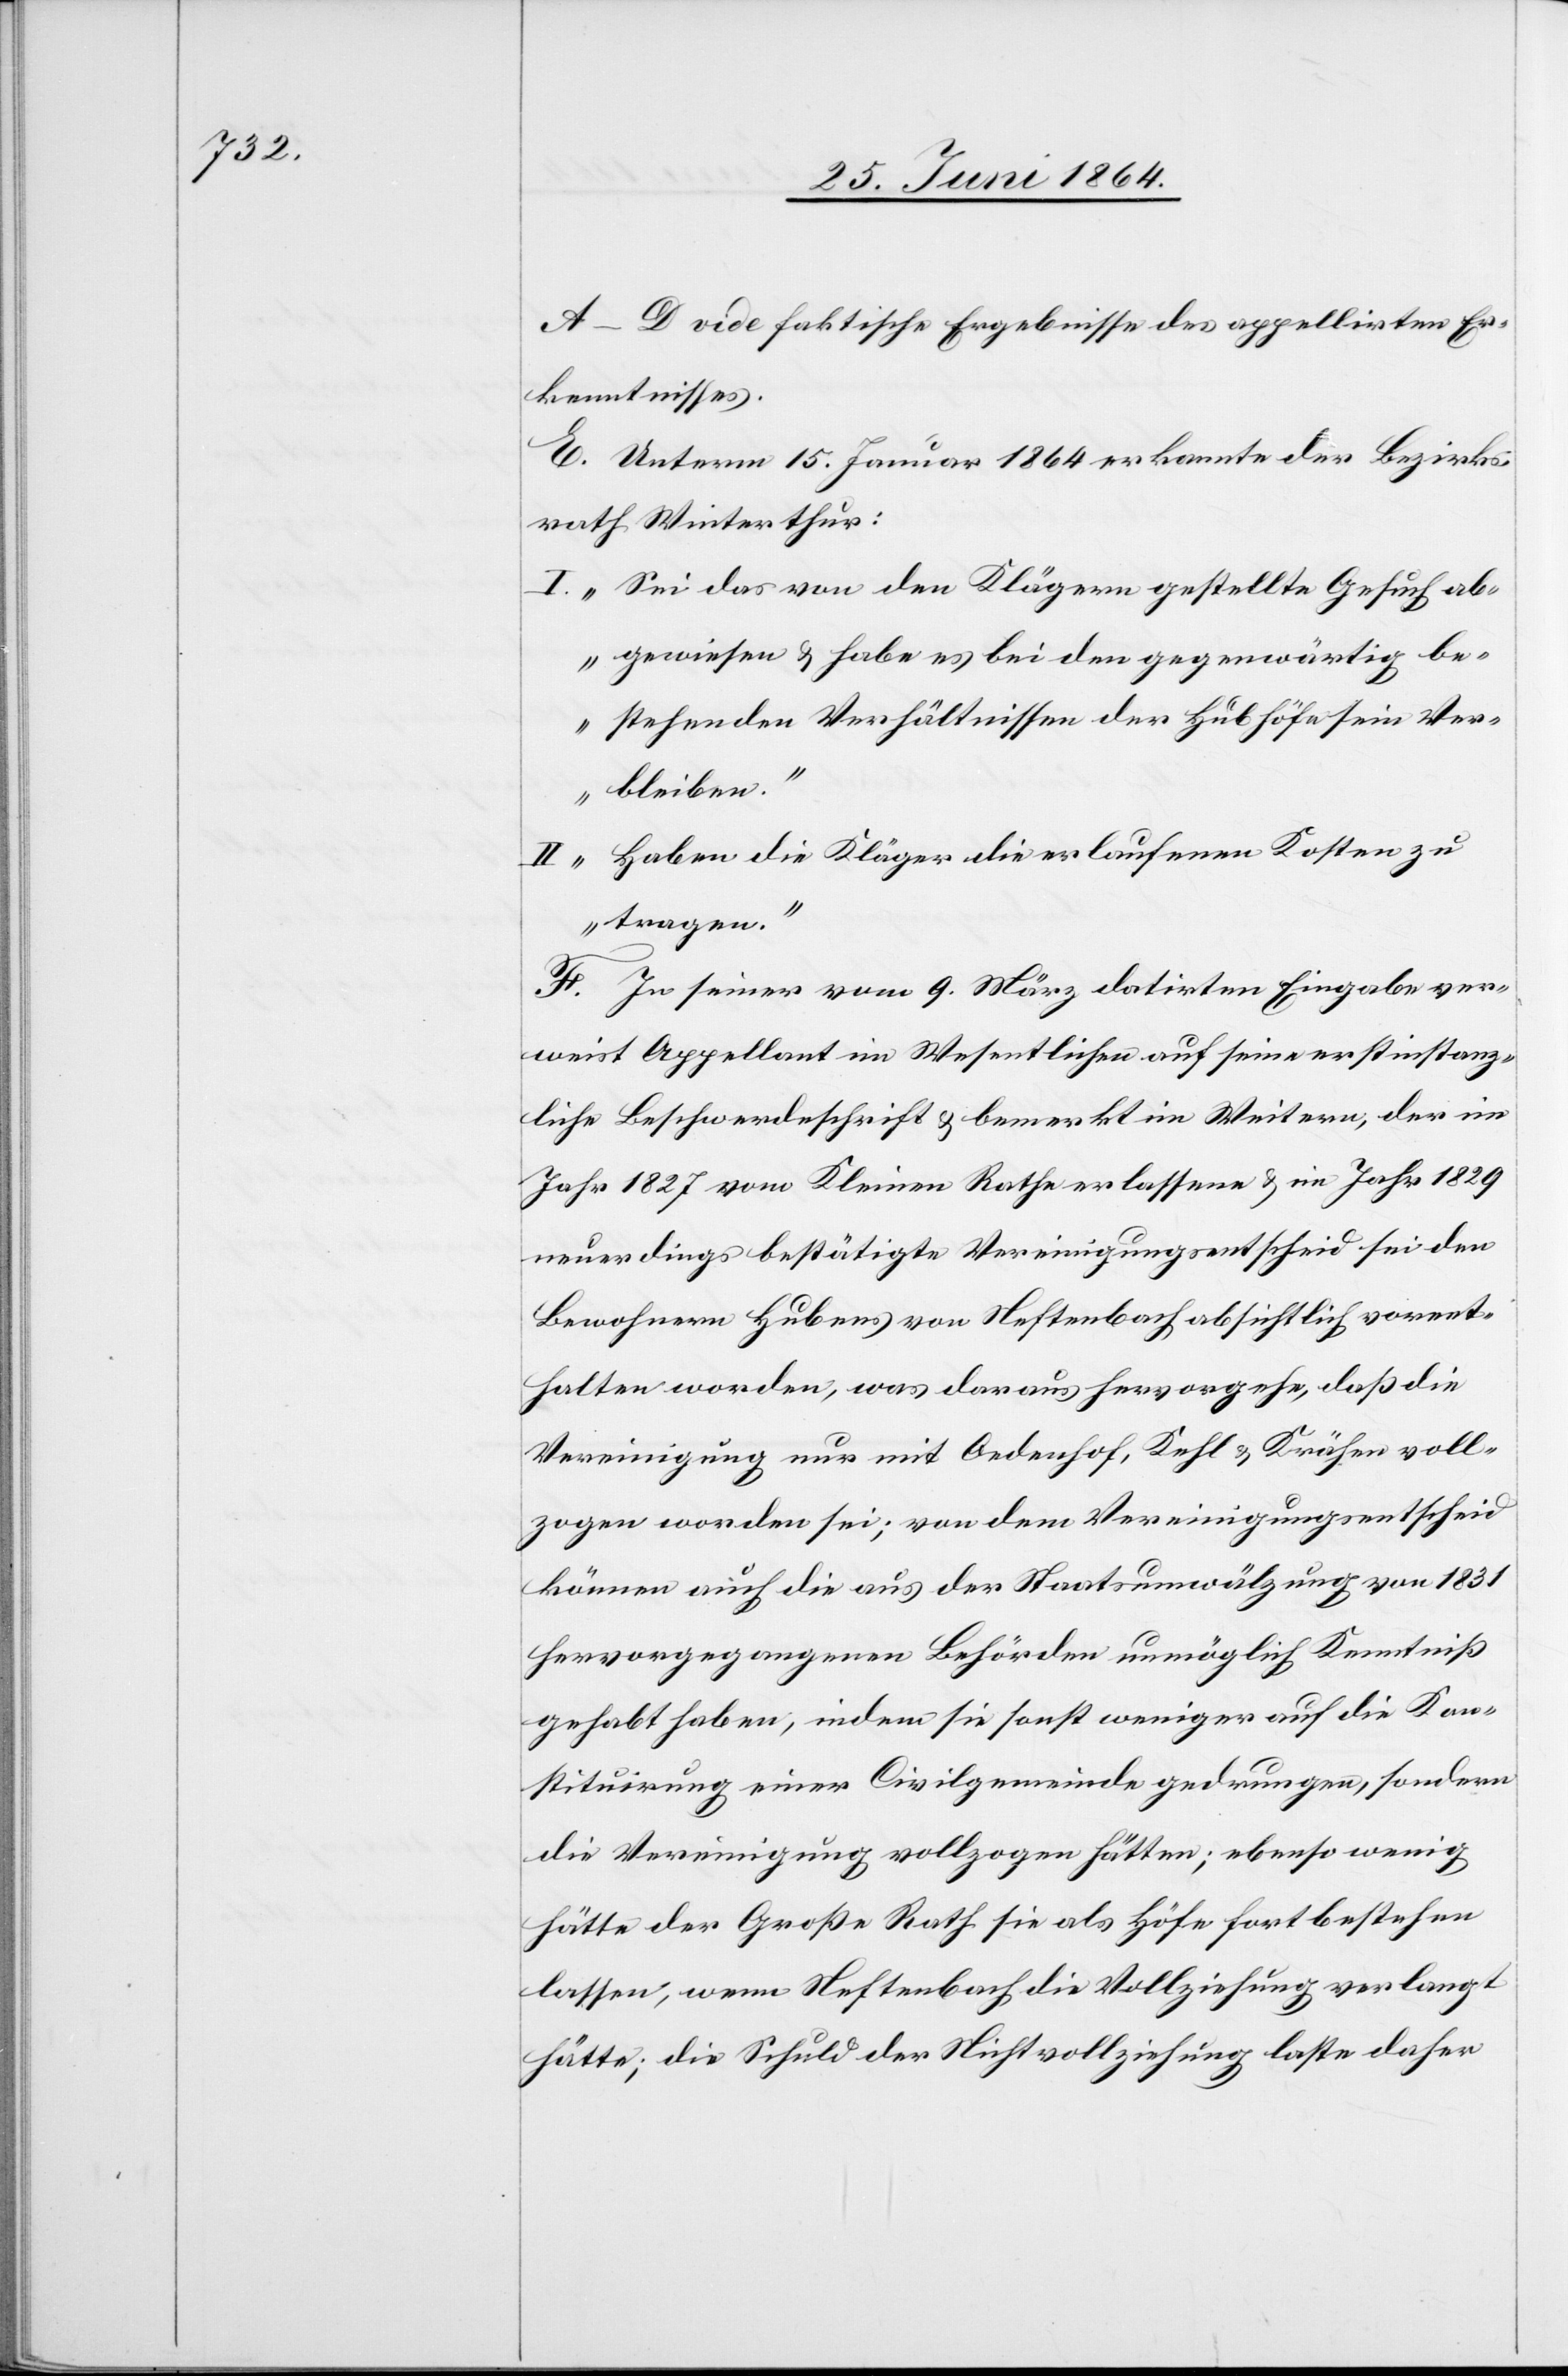
A-D vide faktische Ergebnisse des appellirten Er¬
kenntnisses.
E. Unterm 15. Januar 1864 erkannte der Bezirks¬
rath Winterthur:
I. „Sei das von den Klägern gestellte Gesuch ab¬
gewiesen u. habe es bei den gegenwärtig be¬
stehenden Verhältnissen der Hubhöfe sein Ver¬
bleiben.“
II „Haben die Kläger die erlaufenen Kosten zu
tragen.“
F. In seiner vom 9. März datirten Eingabe ver¬
weist Appellant im Wesentlichen auf seine erstinstanz¬
liche Beschwerdeschrift u. bemerkt im Weitern, der im
Jahr 1827 vom Kleinen Rathe erlassene u. im Jahr 1829
neuerdings bestätigte Vereinigungsentscheid sei den
Bewohnern Hubens von Neftenbach absichtlich vorent¬
halten worden, was daraus hervorgehe, daß die
Vereinigung nur mit Oedenhof, Kehl u. Krähen voll¬
zogen worden sei; von dem Vereinigungsentscheid
können auch die aus der Staatsumwälzung von 1831
hervorgegangenen Behörden unmöglich Kenntniß
gehabt haben, indem sie sonst weniger auf die Kon¬
stituirung einer Civilgemeinde gedrungen, sondern
die Vereinigung vollzogen hätten; ebenso wenig
hätte der Große Rath sie als Höfe fortbestehen
lassen, wenn Neftenbach die Vollziehung verlangt
hätte; die Schuld der Nichtvollziehung laste daher